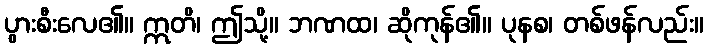
ပွားစီးလေ၏။ ဣတိ၊ ဤသို့။ ဘဏထ၊ ဆိုကုန်၏။ ပုနစ၊ တစ်ဖန်လည်း။